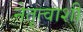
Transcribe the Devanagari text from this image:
नेतृत्वाशी